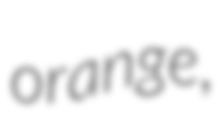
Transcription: orange,